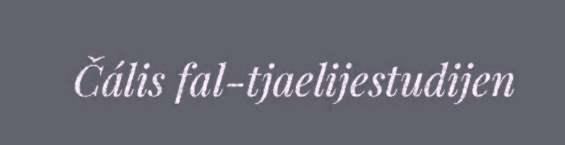
Čális fal-tjaelijestudijen